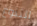
التنوع